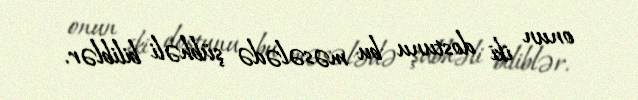
onun iki dostunu bu məsələdə şübhəli biliblər.